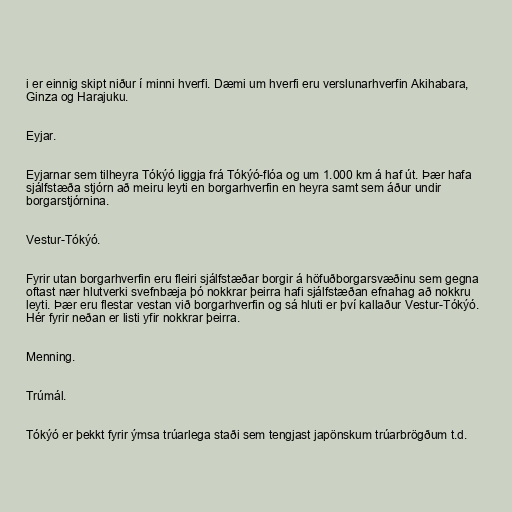
i er einnig skipt niður í minni hverfi. Dæmi um hverfi eru verslunarhverfin Akihabara,
Ginza og Harajuku.

Eyjar.

Eyjarnar sem tilheyra Tókýó liggja frá Tókýó-flóa og um 1.000 km á haf út. Þær hafa
sjálfstæða stjórn að meiru leyti en borgarhverfin en heyra samt sem áður undir
borgarstjórnina.

Vestur-Tókýó.

Fyrir utan borgarhverfin eru fleiri sjálfstæðar borgir á höfuðborgarsvæðinu sem gegna
oftast nær hlutverki svefnbæja þó nokkrar þeirra hafi sjálfstæðan efnahag að nokkru
leyti. Þær eru flestar vestan við borgarhverfin og sá hluti er því kallaður Vestur-Tókýó.
Hér fyrir neðan er listi yfir nokkrar þeirra.

Menning.

Trúmál.

Tókýó er þekkt fyrir ýmsa trúarlega staði sem tengjast japönskum trúarbrögðum t.d.